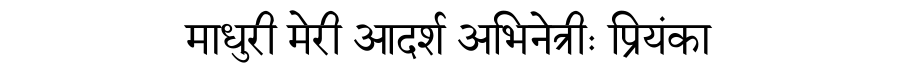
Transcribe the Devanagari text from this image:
माधुरी मेरी आदर्श अभिनेत्रीः प्रियंका